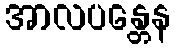
အာလပန္တေန